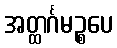
အတ္ထင်္ဂမဉ္စပေ